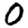
Digit: 0